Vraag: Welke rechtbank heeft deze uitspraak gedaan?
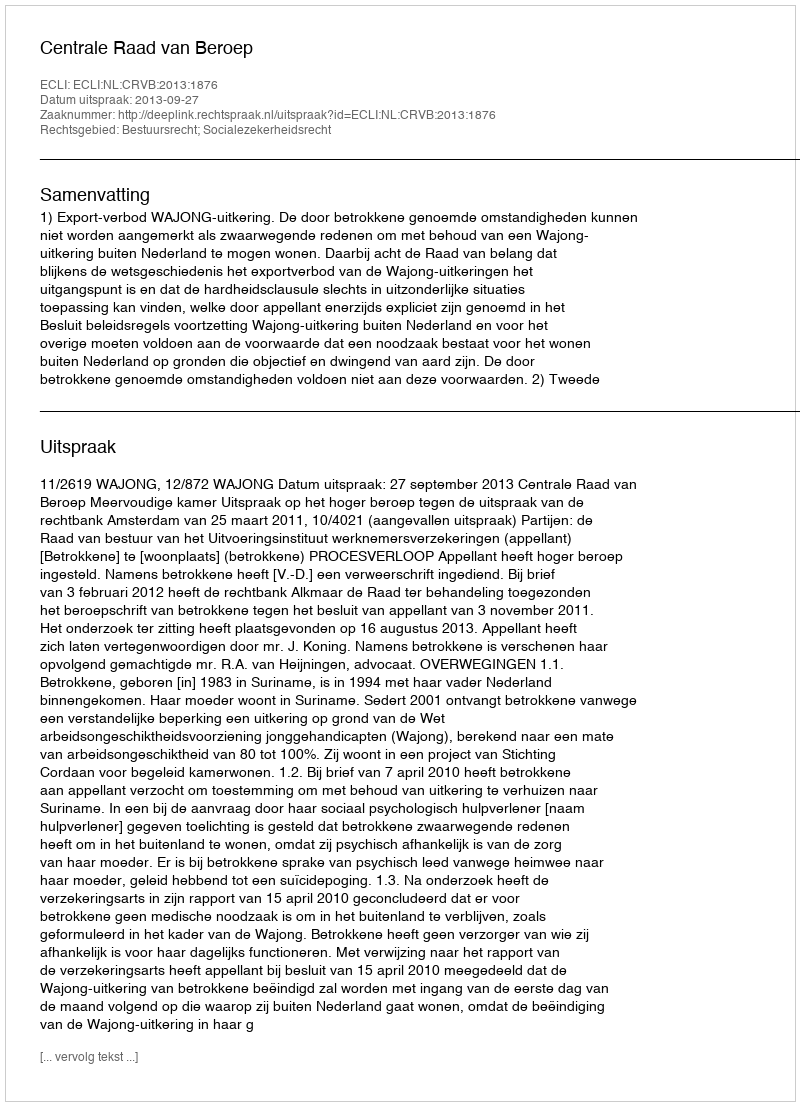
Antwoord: Centrale Raad van Beroep